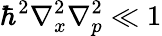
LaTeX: \hbar^{2}\nabla_{x}^{2}\nabla_{p}^{2}\ll 1